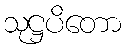
သုဋ္ဌပိတော